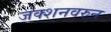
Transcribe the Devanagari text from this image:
जंक्शनवरुन